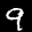
Label: 9